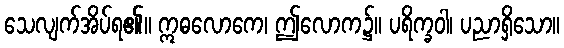
သေလျက်အိပ်ရ၏။ ဣဓလောကေ၊ ဤလောက၌။ ပရိက္ခဝါ၊ ပညာရှိသော။